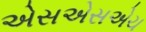
એસએસએચ